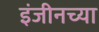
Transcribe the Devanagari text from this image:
इंजीनच्या